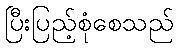
ပြီးပြည့်စုံစေသည်